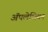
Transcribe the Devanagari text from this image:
ॲपलेशियन